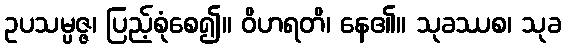
ဥပသမ္ပဇ္ဇ၊ ပြည့်စုံစေ၍။ ဝိဟရတိ၊ နေ၏။ သုခဿစ၊ သုခ